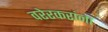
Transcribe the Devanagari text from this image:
वरेरकरांना